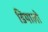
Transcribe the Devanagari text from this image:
डियालो